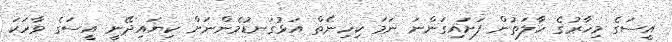
އީސަގެ މިހާރުގެ ހާލަތުން ފަށައިގަންނަ ނަމަ ކިހިނެތް އަޅުގަނޑުމެންނަށް ކިޔައިދޭނީ އީސަގެ ވާހަކަ